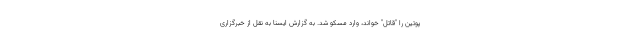
پوتین را "قاتل" خواند، وارد مسکو شد. به گزارش ایسنا به نقل از خبرگزاری